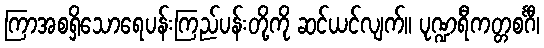
ကြာအစရှိသောရေပန်းကြည်ပန်းတို့ကို ဆင်ယင်လျက်။ ပုဏ္ဍရီကတ္တစင်္ဂီ၊